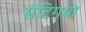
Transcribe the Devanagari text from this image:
सेंटिगयो